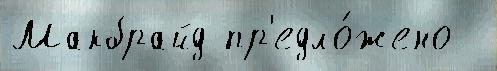
Макбрайд пр'едло́жено